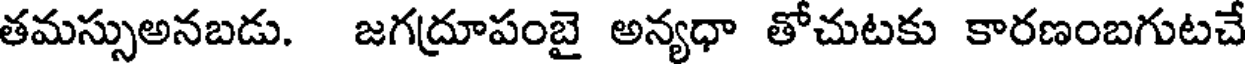
తమస్సుఅనబడు. జగద్రూపంబై అన్యధా తోచుటకు కారణంబగుటచే